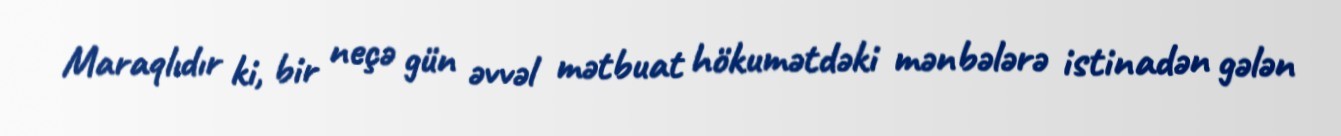
Maraqlıdır ki, bir neçə gün əvvəl mətbuat hökumətdəki mənbələrə istinadən gələn